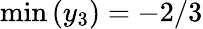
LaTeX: \operatorname*{min}\left(y_{3}\right)=-2/3